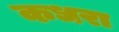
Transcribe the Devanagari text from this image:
कधरा